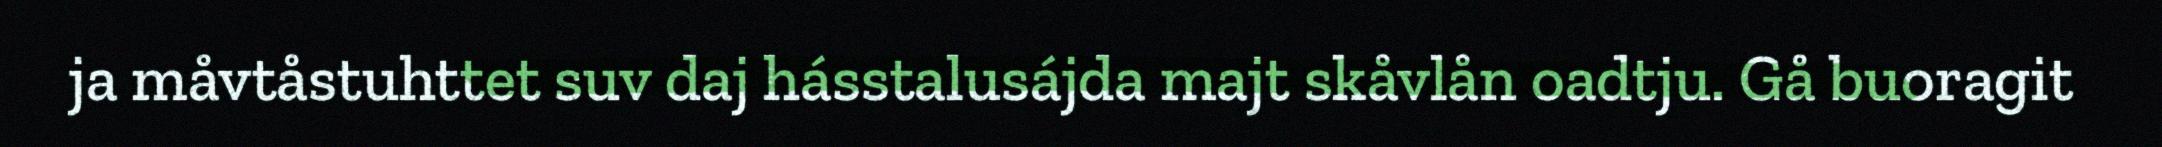
ja måvtåstuhttet suv daj hásstalusájda majt skåvlån oadtju. Gå buoragit